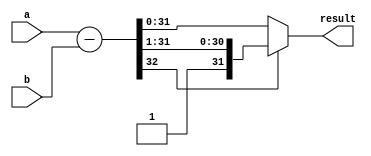
module subr(result,a, b);
   input[31:0] a;
   input[31:0] b;
   output [31:0] result;
   wire [32:0] sum = {1'b0,a} - {1'b0,b};
   assign result = sum[32] ? sum[32:1]: sum[31:0];
endmodule